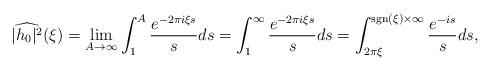
LaTeX: \begin{align*}\widehat{|h_0|^2}(\xi) &=\lim_{A\to\infty}\int_1^A \frac{e^{-2\pi i \xi s}}{s}ds=\int_1^\infty \frac{e^{-2\pi i \xi s}}{s}ds= \int_{2\pi \xi}^{\mathrm{sgn}(\xi)\times\infty} \frac{e^{-is}}{s}ds,\end{align*}